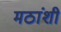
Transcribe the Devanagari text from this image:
मठांशी